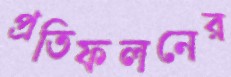
প্রতিফলনের